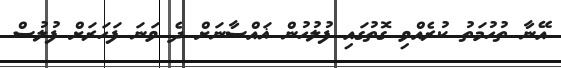
އޭނާ ތުހުމަތު ކުރެއްވި ގޮތުގައި ފުލުހުން ޣައްސާނަށް ދެ ވަނަ ފަހަރަށް ފުލުސް